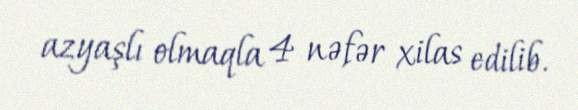
azyaşlı olmaqla 4 nəfər xilas edilib.